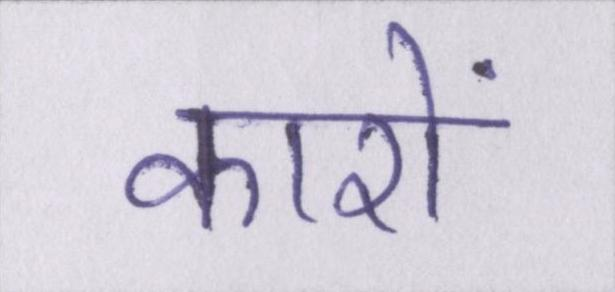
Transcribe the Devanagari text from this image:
कारों